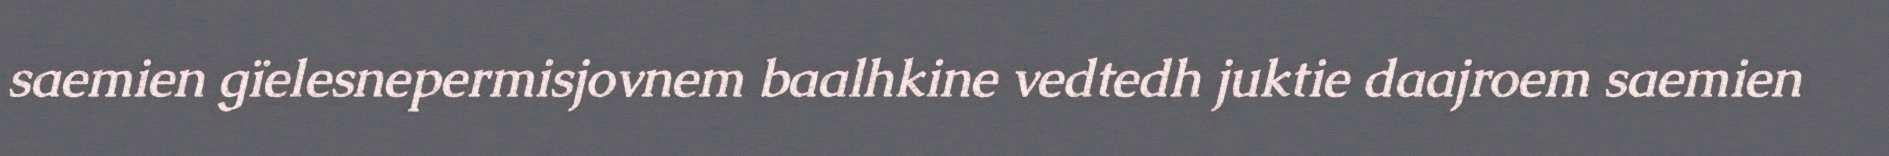
saemien gïelesnepermisjovnem baalhkine vedtedh juktie daajroem saemien